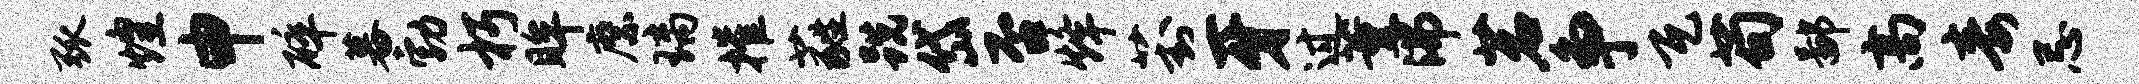
弧煌申碎暮勃朽眸縻璃摧蕤跣岱否烽葑牙过薰沸茗争瓦苟鄙高毒忌